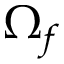
\Omega _ { f }